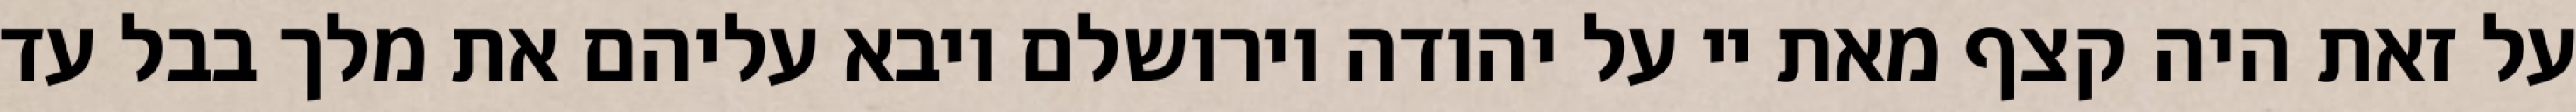
על זאת היה קצף מאת יי על יהודה וירושלם ויבא עליהם את מלך בבל עד